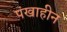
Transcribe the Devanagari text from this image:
पंखाहीन